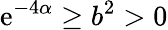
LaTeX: \mathrm{e}^{-4\alpha}\geq b^{2}>0